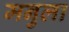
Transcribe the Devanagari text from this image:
मनुला